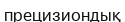
прецизиондық